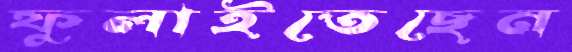
ফুলাইতেছেন